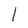
Character: l